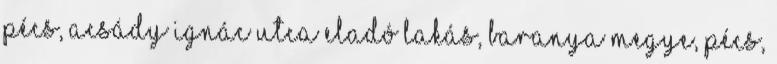
Pécs, Acsády Ignác utca Eladó Lakás, Baranya megye, Pécs,